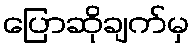
ပြောဆိုချက်မှ